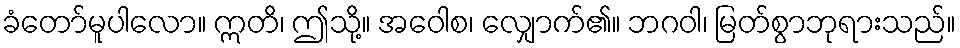
ခံတော်မူပါလော။ ဣတိ၊ ဤသို့။ အဝေါစ၊ လျှောက်၏။ ဘဂဝါ၊ မြတ်စွာဘုရားသည်။